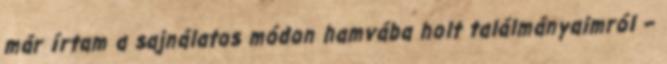
már írtam a sajnálatos módon hamvába holt találmányaimról –